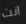
انت